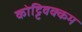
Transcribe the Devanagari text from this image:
कोट्टिवक्कम